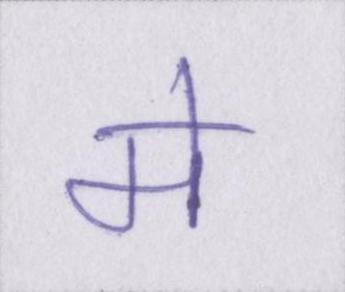
मे